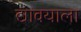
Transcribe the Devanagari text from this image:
द्यावयाला